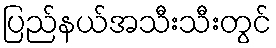
ပြည်နယ်အသီးသီးတွင်